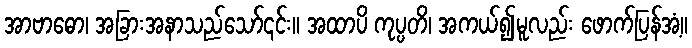
အာဗာဓော၊ အခြားအနာသည်သော်၎င်း။ အထာပိ ကုပ္ပတိ၊ အကယ်၍မူလည်း ဖောက်ပြန်အံ့။